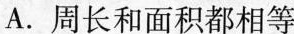
A.周长和面积都相等